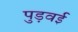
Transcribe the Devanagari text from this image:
पुड़वई